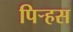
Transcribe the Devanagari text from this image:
पिर्‍हस